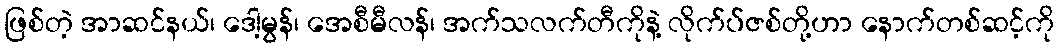
ဖြစ်တဲ့ အာဆင်နယ်၊ ဒေါ့မွန်၊ အေစီမီလန်၊ အက်သလက်တီကိုနဲ့ လိုက်ပ်ဇစ်တို့ဟာ နောက်တစ်ဆင့်ကို